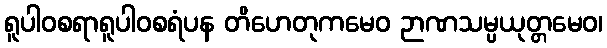
ရူပါဝစရာရူပါဝစရံပန တိဟေတုကမေဝ ဉာဏသမ္ပယုတ္တမေဝ၊